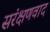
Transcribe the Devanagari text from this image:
सरंक्षणवाद